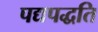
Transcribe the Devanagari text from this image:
पद्यपद्धति